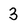
Character: 3